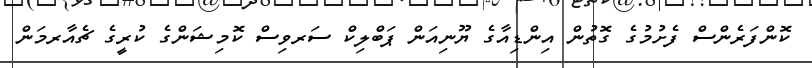
ކޮންފަރެންސް ފެށުމުގެ ގޮތުން އިންޑިއާގެ ޔޫނިއަން ޕަބްލިކް ސަރވިސް ކޮމިޝަންގެ ކުރީގެ ޗެއާރމަން